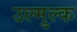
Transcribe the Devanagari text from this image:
उल्मुल्क